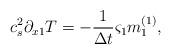
LaTeX: \begin{align*}c_s^2\partial _{x1}T =-\frac{1}{\Delta t} {\varsigma}_1{m}_1 ^{(1)},\end{align*}